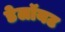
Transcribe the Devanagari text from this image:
डेलॉयट